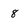
Character: 8